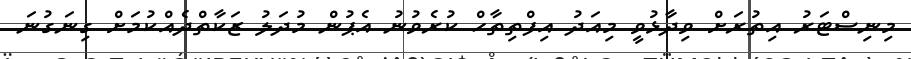
މިނިސްޓަރު އިތުރަށް ވިދާޅުވީ މިއަދު އިފްތިތާހް ކުރެވުނު އެޕުން މުދަލު ޒަކާތްދެއްކުމަށް ގިނަގުނަ